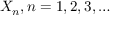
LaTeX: X _ { n } , n = 1 , 2 , 3 , \dots